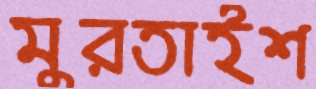
মুরতাইশ